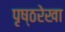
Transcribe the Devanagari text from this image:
पृष्ठरेखा